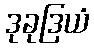
ဒုခုဒြယံ